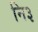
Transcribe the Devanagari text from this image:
नि३